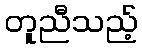
တူညီသည့်